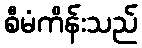
စီမံကိန်းသည်